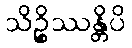
သိဉ္စိဿန္တိပိ